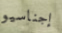
إجناسيو